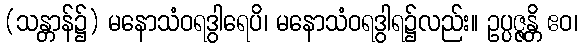
(သန္တာန်၌) မနောသံဝရဒွါရေပိ၊ မနောသံဝရဒွါရ၌လည်း။ ဥပ္ပဇ္ဇန္တိ ဧဝ၊